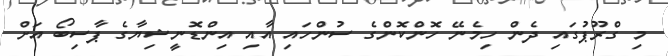
މި ގްރޫޕުގައި ދެން ހިމެނޭ ހޮންކޮންގެ ސުންހައި އާއި އިންޑޮނީޝިޔާގެ ޕާސިބޯ އަށް